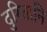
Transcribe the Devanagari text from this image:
दुरितानि